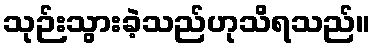
သုဉ်းသွားခဲ့သည်ဟုသိရသည်။